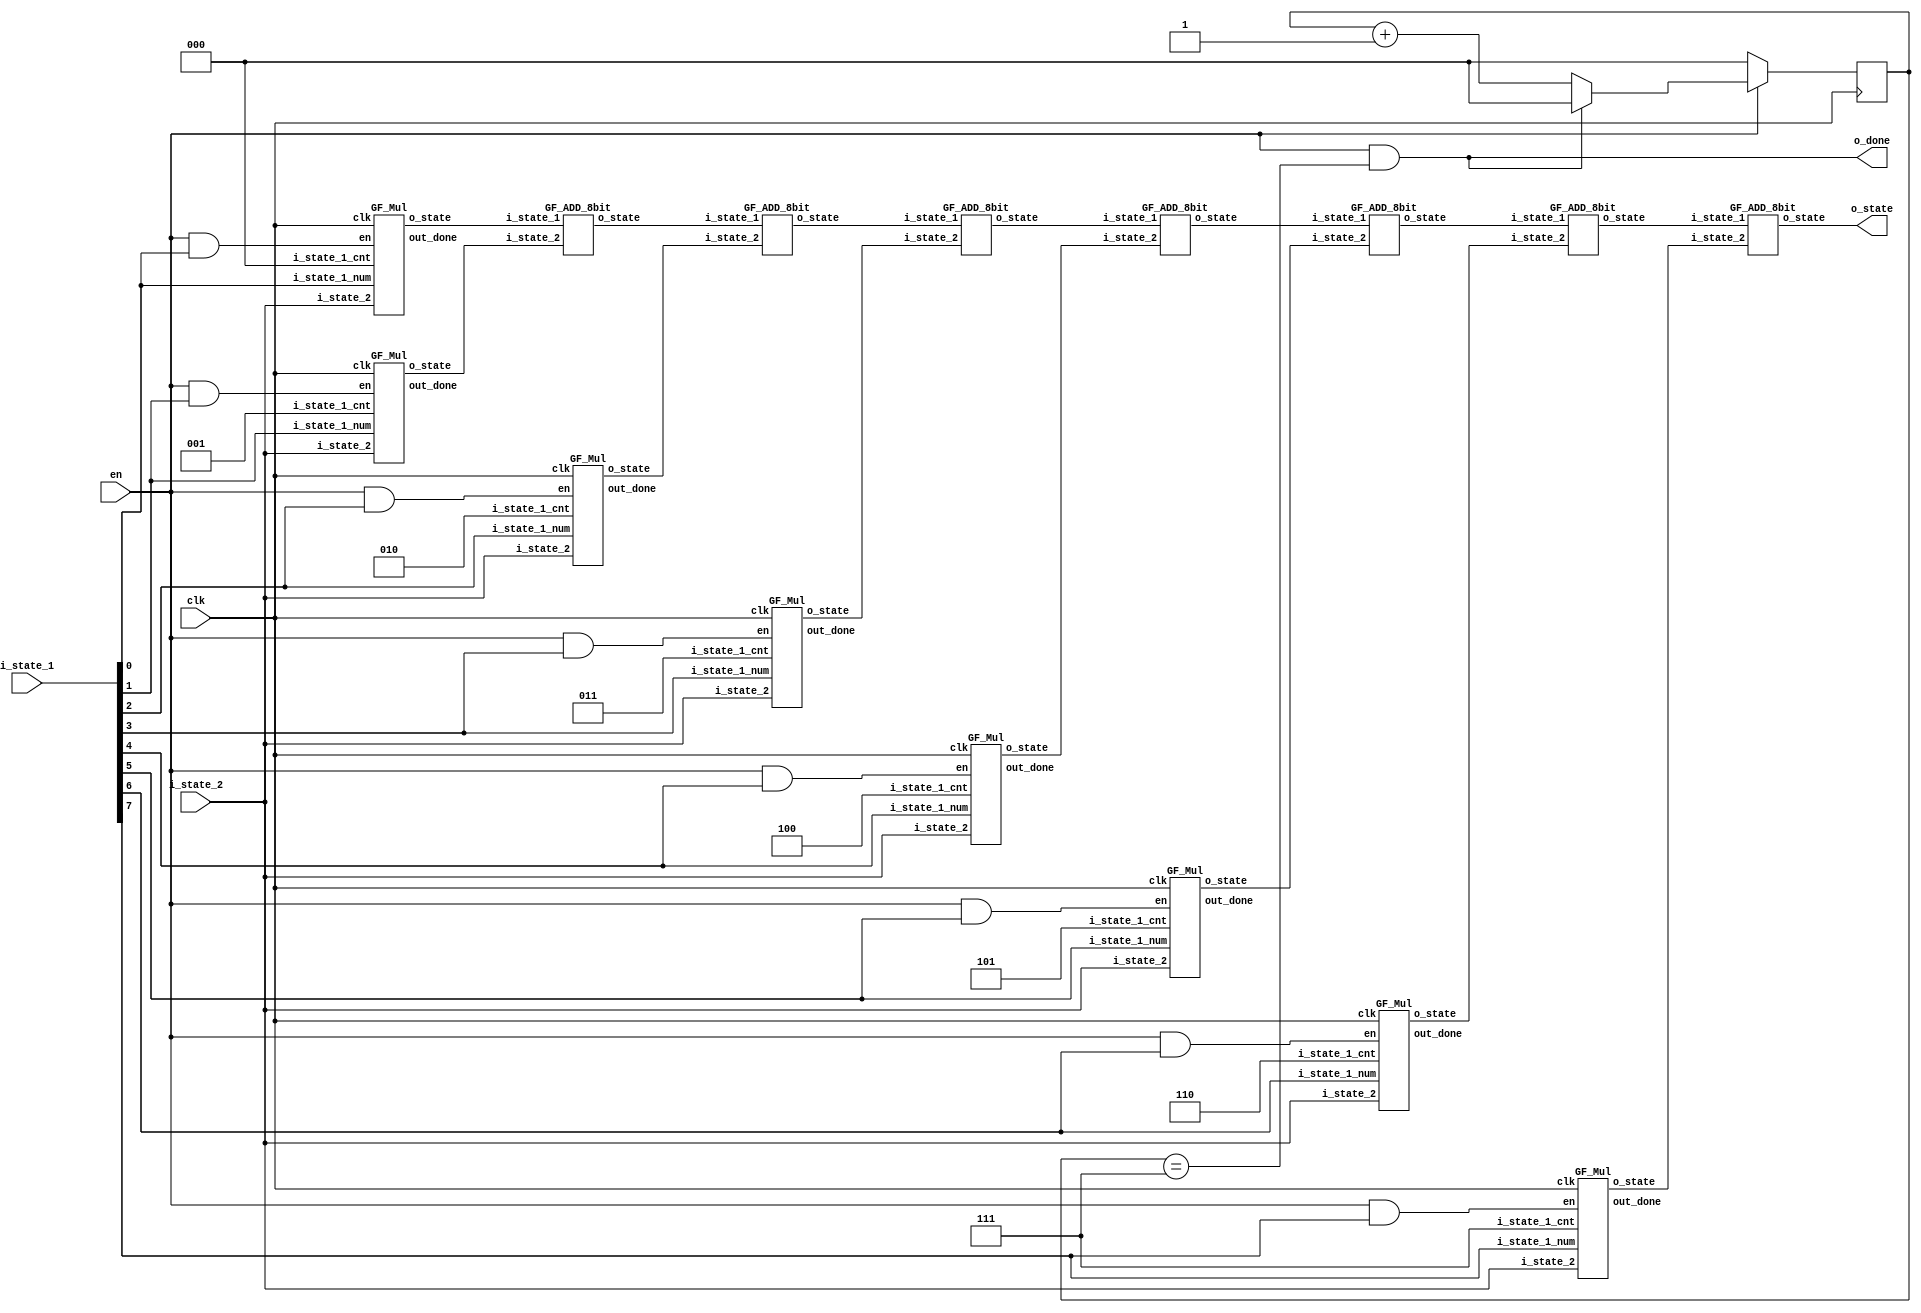
// Top_GF_Mul
// input : 
//      clk;
// input : 
//      en;
// input :
//      8bit_state_1;
// input :
//      8bit_state_2;
// output :
//      8bit_o_state;
// output :
//      o_done ( signal that that the output value 8bit_o_state is valid. )
//             ( waveform : 1 Tickle )
module top_GF_Mul
(
    input clk,
    input en,
    input [7:0] i_state_1,
    input [7:0] i_state_2,
    output [7:0] o_state,
    output o_done
);

wire [7:0] o_state_0,o_state_1,o_state_2,o_state_3,o_state_4,o_state_5,o_state_6,o_state_7;
wire out_done_0,out_done_1,out_done_2,out_done_3,out_done_4,out_done_5,out_done_6,out_done_7;
GF_Mul u0(clk,en&&i_state_1[0],i_state_1[0],3'b000,i_state_2,o_state_0,out_done_0);
GF_Mul u1(clk,en&&i_state_1[1],i_state_1[1],3'b001,i_state_2,o_state_1,out_done_1);
GF_Mul u2(clk,en&&i_state_1[2],i_state_1[2],3'b010,i_state_2,o_state_2,out_done_2);
GF_Mul u3(clk,en&&i_state_1[3],i_state_1[3],3'b011,i_state_2,o_state_3,out_done_3);
GF_Mul u4(clk,en&&i_state_1[4],i_state_1[4],3'b100,i_state_2,o_state_4,out_done_4);
GF_Mul u5(clk,en&&i_state_1[5],i_state_1[5],3'b101,i_state_2,o_state_5,out_done_5);
GF_Mul u6(clk,en&&i_state_1[6],i_state_1[6],3'b110,i_state_2,o_state_6,out_done_6);
GF_Mul u7(clk,en&&i_state_1[7],i_state_1[7],3'b111,i_state_2,o_state_7,out_done_7);

wire [7:0] c_out_done1,c_out_done2,c_out_done3,c_out_done4,c_out_done5,c_out_done6;
GF_ADD_8bit u8(o_state_0,o_state_1,c_out_done1);
GF_ADD_8bit u9(c_out_done1,o_state_2,c_out_done2);
GF_ADD_8bit u10(c_out_done2,o_state_3,c_out_done3);
GF_ADD_8bit u11(c_out_done3,o_state_4,c_out_done4);
GF_ADD_8bit u12(c_out_done4,o_state_5,c_out_done5);
GF_ADD_8bit u13(c_out_done5,o_state_6,c_out_done6);
GF_ADD_8bit u14(c_out_done6,o_state_7,o_state);

wire cnt_done;
reg [2:0] cnt;
always @(posedge clk) begin
    if(!en) begin
        cnt <= 3'b0;
    end else if(cnt_done) begin
        cnt <= 3'b0;    
    end else begin
        cnt <= cnt +1;
    end
end

assign cnt_done = en && (cnt == 3'b111);
assign o_done = cnt_done;

endmodule


// GF_Mul
// input : 
//      clk
// input :
//      en
// input : 
//      i_state_1_num ( coefficient of each state_1's degree )
// input :
//      [2:0] i_state_1_cnt ( each degree of state_1 )
// input :
//      [7:0] i_state_2 
// output : 
//      reg [7:0] o_state
// output :
//      out_done ( signal that that the output value 8bit_o_state is valid. )
//               ( waveform : 1 Tickle )
module GF_Mul
(
    input clk,
    input en,
    input i_state_1_num,
    input [2:0] i_state_1_cnt,
    input [7:0] i_state_2,
    output reg [7:0] o_state,
    output out_done
);
reg o_done;
reg r_done;
reg [8:0] r_shift_i_state_2;
wire [8:0] w_shift_i_state_2;
wire [8:0] R_w_shift_i_state_2;
reg [2:0] cnt; 
wire shift_done;

always @(posedge clk) begin
   if(!en) begin
       o_state <= 8'b0;
       o_done <= 0;
       r_shift_i_state_2 <= {1'b0,i_state_2};
       cnt <= 3'b0;
   end else if(!i_state_1_num) begin
       o_state <= 8'b0;
       o_done <= 1;
   end else if(!shift_done) begin
        r_shift_i_state_2 <= ( R_w_shift_i_state_2 << 1 );
        cnt <= cnt + 1;
   end else begin
       o_state <= w_shift_i_state_2[7:0];
       o_done <= 1;
       cnt <= 0;
   end
end

always @(posedge clk) begin
    if(o_done == 1) begin
        r_done <= 1'b1;
    end else begin
        r_done <= 1'b0;
    end
end
assign out_done = (o_done ==1) && (r_done == 0); 



assign shift_done = en && (cnt == i_state_1_cnt) ;

wire [8:0] A_shift_i_state_2;
wire w_b;
GF_ADD_9bit u0 (9'b100011011,r_shift_i_state_2,A_shift_i_state_2);
MUX u1 (r_shift_i_state_2,A_shift_i_state_2,r_shift_i_state_2[8],w_shift_i_state_2);
MUX u2(w_shift_i_state_2,{1'b0,i_state_2},cnt==0,R_w_shift_i_state_2);

endmodule


// GF_ADDER_8bit
// input :
//      8bit state_1
// input :
//      8bit state_2
// output : 
//      8bit o_state
module GF_ADD_8bit
(
    input [7:0] i_state_1,
    input [7:0] i_state_2,
    output [7:0] o_state
);

assign o_state[0] = i_state_1[0] ^ i_state_2[0];
assign o_state[1] = i_state_1[1] ^ i_state_2[1];
assign o_state[2] = i_state_1[2] ^ i_state_2[2];
assign o_state[3] = i_state_1[3] ^ i_state_2[3];
assign o_state[4] = i_state_1[4] ^ i_state_2[4];
assign o_state[5] = i_state_1[5] ^ i_state_2[5];
assign o_state[6] = i_state_1[6] ^ i_state_2[6];
assign o_state[7] = i_state_1[7] ^ i_state_2[7];

endmodule


// GF_ADDER_9bit
// input :
//      9bit state_1
// input :
//      9bit state_2
// output : 
//      9bit o_state
module GF_ADD_9bit
(
    input [8:0] i_state_1,
    input [8:0] i_state_2,
    output [8:0] o_state
);

assign o_state[0] = i_state_1[0] ^ i_state_2[0];
assign o_state[1] = i_state_1[1] ^ i_state_2[1];
assign o_state[2] = i_state_1[2] ^ i_state_2[2];
assign o_state[3] = i_state_1[3] ^ i_state_2[3];
assign o_state[4] = i_state_1[4] ^ i_state_2[4];
assign o_state[5] = i_state_1[5] ^ i_state_2[5];
assign o_state[6] = i_state_1[6] ^ i_state_2[6];
assign o_state[7] = i_state_1[7] ^ i_state_2[7];
assign o_state[8] = i_state_1[8] ^ i_state_2[8];

endmodule

// 9bit 2-to-1 MUX
module MUX
(
    input [8:0] a,
    input [8:0] b,
    input c,
    output reg [8:0] out
);
always@(a,b,c) begin
    case(c)
    1'b0 : out = a;
    1'b1 : out = b;
    endcase
end
endmodule